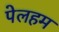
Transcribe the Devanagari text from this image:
पेलहम